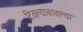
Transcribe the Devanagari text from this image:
टिवल्याबावल्या